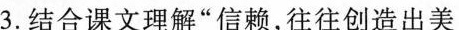
3.结合课文理解”信赖，往往创造出美